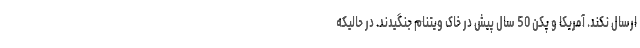
ارسال نکند. آمریکا و پکن 50 سال پیش در خاک ویتنام جنگیدند. در حالیکه